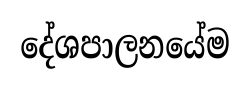
දේශපාලනයේම